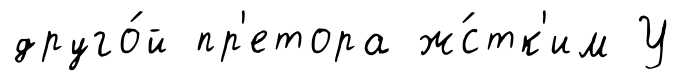
друго́й пр'етора ж́стк'им У